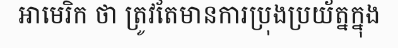
អាមេរិក ថា ត្រូវតែមានការប្រុងប្រយ័ត្នក្នុង